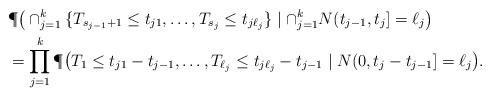
LaTeX: \begin{align*} & \P\big( \cap_{j=1}^k \{T_{s_{j-1}+1} \le t_{j1},\ldots,T_{s_j} \le t_{j\ell_j}\} \mid \cap_{j=1}^k N(t_{j-1},t_j] =\ell_j \big)\\ & = \prod_{j=1}^k \P\big( T_{1} \le t_{j1}-t_{j-1},\ldots,T_{\ell_j}\le t_{j\ell_j}-t_{j-1} \mid N(0,t_j-t_{j-1}]=\ell_j \big). \end{align*}